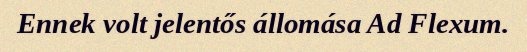
Ennek volt jelentős állomása Ad Flexum.